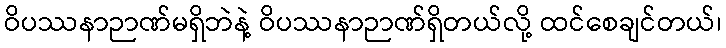
ဝိပဿနာဉာဏ်မရှိဘဲနဲ့ ဝိပဿနာဉာဏ်ရှိတယ်လို့ ထင်စေချင်တယ်၊